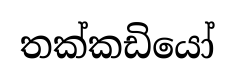
තක්කඩියෝ